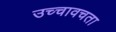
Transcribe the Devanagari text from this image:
उच्चावचता